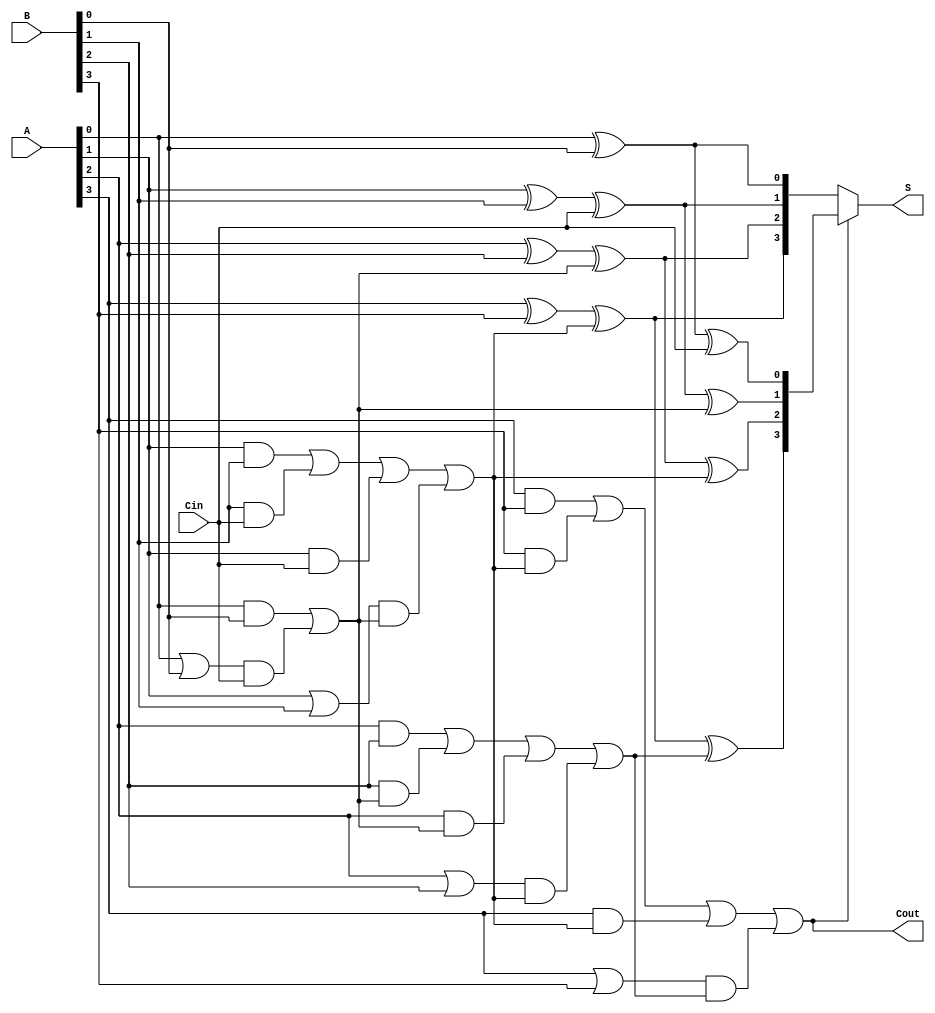
module ConditionalSumAdder #(parameter n = 4) (
    input [n-1:0] A,        // First n-bit number
    input [n-1:0] B,        // Second n-bit number
    input Cin,              // Input carry bit
    output [n-1:0] S,       // n-bit sum output
    output Cout             // Carry out bit
);

    wire [n-1:0] S0, S1;    // Potential sums
    wire [n-1:0] C_generate; // Carry generate
    wire [n-1:0] C_propagate; // Carry propagate
    wire [n:0] C;            // Internal carry chain
    assign C[0] = Cin;       // Initial carry in

    genvar i;
    generate
        // Compute S0 and S1 for each bit
        for (i = 0; i < n; i = i + 1) begin : CSA_BITS
            wire A_i = A[i];
            wire B_i = B[i];

            // Half Adder for LSB (i = 0)
            if (i == 0) begin
                assign S0[i] = A_i ^ B_i;
                assign C_generate[i] = A_i & B_i; // Carry generation for HA
            end else begin
                // Full Adder for other bits
                assign S0[i] = A_i ^ B_i ^ C[i-1];
                assign C_generate[i] = (A_i & B_i) | (B_i & C[i-1]) | (A_i & C[i-1]); // Carry generation
            end

            // Carry propagate signal
            assign C_propagate[i] = A_i | B_i;

            // Calculate potential S1
            assign S1[i] = S0[i] ^ C[i]; // S1 is S0 XOR carry

            // Carry out calculation
            assign C[i+1] = C_generate[i] | (C_propagate[i] & C[i]);
        end
    endgenerate

    // Select sums based on carry
    assign S = (C[n] == 1'b0) ? S0 : S1;
    assign Cout = C[n]; // Final carry out

endmodule